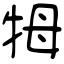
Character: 牳